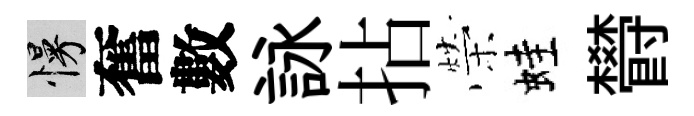
慢奮數詠拈榮蛙欎